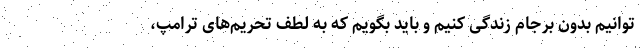
‌توانیم بدون برجام زندگی کنیم و باید بگویم که به لطف تحریم‌های ترامپ،